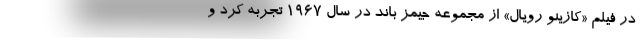
در فیلم «کازینو رویال» از مجموعه جیمز باند در سال ۱۹۶۷ تجربه کرد و